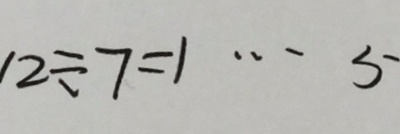
1 2 \div 7 = 1 \cdots 5